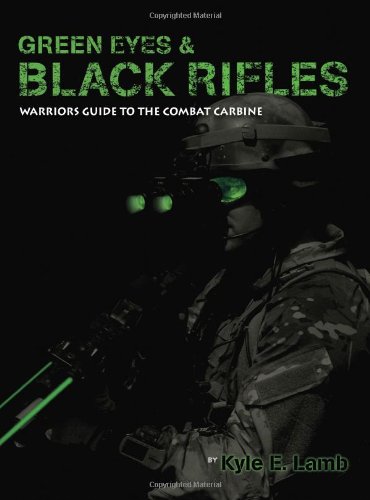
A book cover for Green Eyes & Black Rifles: Warriors Guide to the Combat Carbine; Kyle E. Lamb; Sports & Outdoors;